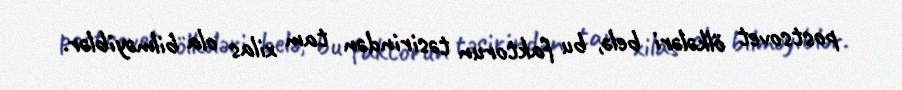
postsovet ölkələri belə, bu faktorun təsirindən tam xilas ola bilməyiblər.